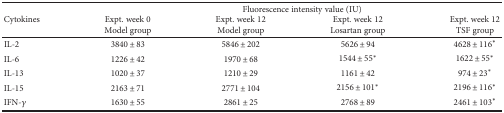
| <ROWSPAN=2> Cytokines | <COLSPAN=4> Fluorescence intensity value (IU) |
 | Expt. week 0Model group | Expt. week 12Model group | Expt. week 12Losartan group | Expt. week 12TSF group |
 | --- | --- | --- | --- | --- |
 | IL-2 | 3840 ± 83 | 5846 ± 202 | 5626 ± 94 | 4628 ± 116∗ |
 | IL-6 | 1226 ± 42 | 1970 ± 68 | 1544 ± 55∗ | 1622 ± 55∗ |
 | IL-13 | 1020 ± 37 | 1210 ± 29 | 1161 ± 42 | 974 ± 23∗ |
 | IL-15 | 2163 ± 71 | 2771 ± 104 | 2156 ± 101∗ | 2196 ± 116∗ |
 | IFN-γ | 1630 ± 55 | 2861 ± 25 | 2768 ± 89 | 2461 ± 103∗ |